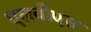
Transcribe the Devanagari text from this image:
एलवीएस